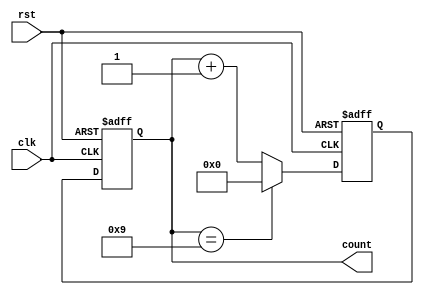
module bcd_counter (
    input wire clk,
    input wire rst,
    output reg [3:0] count
);

reg [3:0] next_count;

always @(posedge clk or posedge rst) begin
    if (rst) begin
        next_count <= 4'b0;
    end else begin
        if (count == 4'b1001) begin
            next_count <= 4'b0000;
        end else begin
            next_count <= count + 1;
        end
    end
end

always @(posedge clk or posedge rst) begin
    if (rst) begin
        count <= 4'b0;
    end else begin
        count <= next_count;
    end
end

endmodule